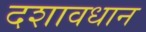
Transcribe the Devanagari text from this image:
दशावधान